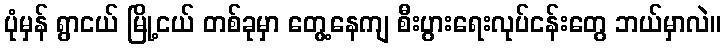
ပုံမှန် ရွာငယ် မြို့ငယ် တစ်ခုမှာ တွေ့နေကျ စီးပွားရေးလုပ်ငန်းတွေ ဘယ်မှာလဲ။